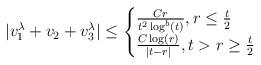
LaTeX: \begin{align*} |v_{1}^{\lambda}+v_{2}+v_{3}^{\lambda}| \leq \begin{cases} \frac{C r}{t^{2}\log^{b}(t)}, r \leq \frac{t}{2}\\\frac{C \log(r)}{|t-r|}, t > r \geq \frac{t}{2}\end{cases}\end{align*}